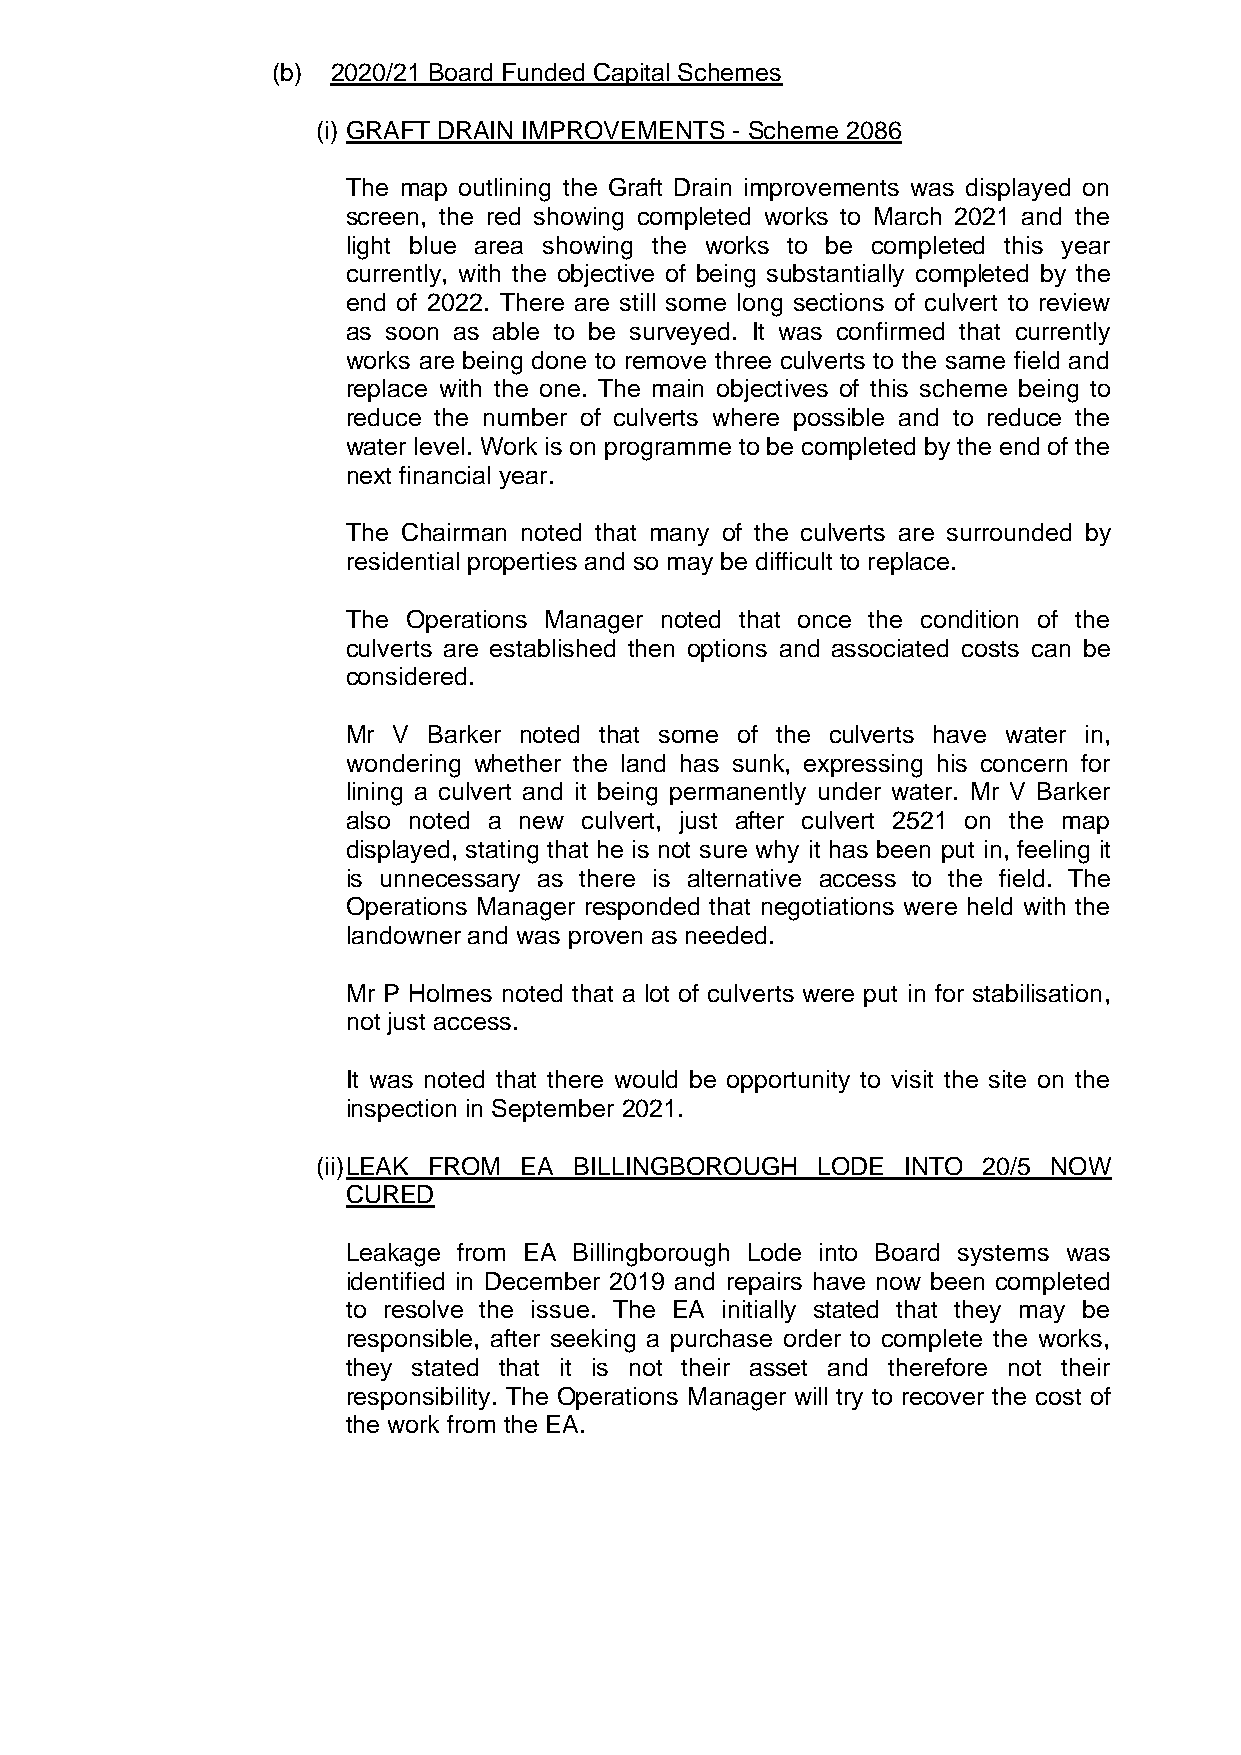
(b) 2020/21 Board Funded Capital Schemes
 (i) GRAFT DRAIN IMPROVEMENTS - Scheme 2086
 The map outlining the Graft Drain improvements was displayed on
 screen, the red showing completed works to March 2021 and the
 light blue area showing the works to be completed this year
 currently, with the objective of being substantially completed by the
 end of 2022. There are still some long sections of culvert to review
 as soon as able to be surveyed. It was confirmed that currently
 works are being done to remove three culverts to the same field and
 replace with the one. The main objectives of this scheme being to
 reduce the number of culverts where possible and to reduce the
 water level. Work is on programme to be completed by the end of the
 next financial year.
 The Chairman noted that many of the culverts are surrounded by
 residential properties and so may be difficult to replace.
 The Operations Manager noted that once the condition of the
 culverts are established then options and associated costs can be
 considered.
 Mr V Barker noted that some of the culverts have water in,
 wondering whether the land has sunk, expressing his concern for
 lining a culvert and it being permanently under water. Mr V Barker
 also noted a new culvert, just after culvert 2521 on the map
 displayed, stating that he is not sure why it has been put in, feeling it
 is unnecessary as there is alternative access to the field. The
 Operations Manager responded that negotiations were held with the
 landowner and was proven as needed.
 Mr P Holmes noted that a lot of culverts were put in for stabilisation,
 not just access.
 It was noted that there would be opportunity to visit the site on the
 inspection in September 2021.
 (ii) LEAK FROM EA BILLINGBOROUGH LODE  INTO 20/5 NOW
 CURED
 Leakage from EA Billingborough Lode into Board systems was
 identified in December 2019 and repairs have now been completed
 to resolve the issue. The EA initially stated that they may be
 responsible, after seeking a purchase order to complete the works,
 they stated that it is not their asset and therefore not their
 responsibility. The Operations Manager will try to recover the cost of
 the work from the EA.